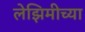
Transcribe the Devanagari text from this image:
लेझिमीच्या